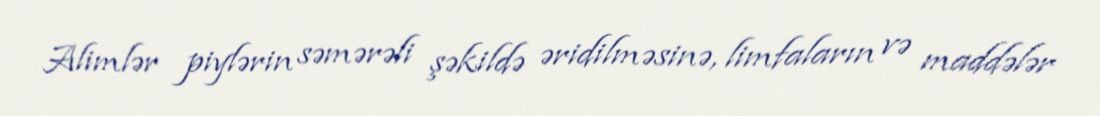
Alimlər piylərin səmərəli şəkildə əridilməsinə, limfaların və maddələr